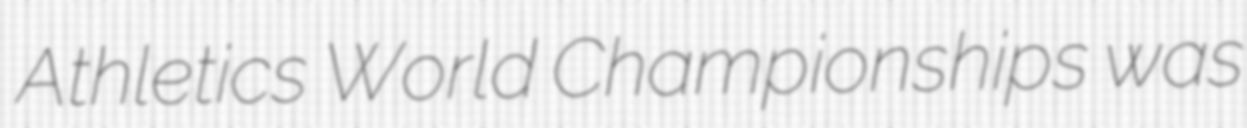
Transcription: Athletics World Championships was